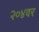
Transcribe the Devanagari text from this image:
२०४वर